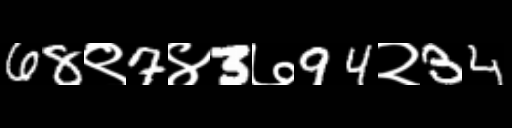
Text: 68९7४3७94२34